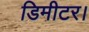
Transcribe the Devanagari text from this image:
डिमीटर।